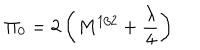
LaTeX: \Pi _ { 0 } = 2 \left( M ^ { 1 / 2 } + \frac { \lambda } { 4 } \right)